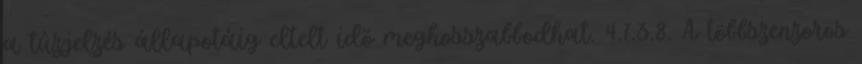
a tûzjelzés állapotáig eltelt idõ meghosszabbodhat. 4.7.3.8. A többszenzoros